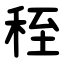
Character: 秷